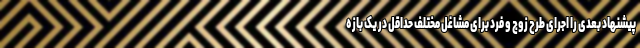
پیشنهاد بعدی را اجرای طرح زوج و فرد برای مشاغل مختلف حداقل در یک بازه